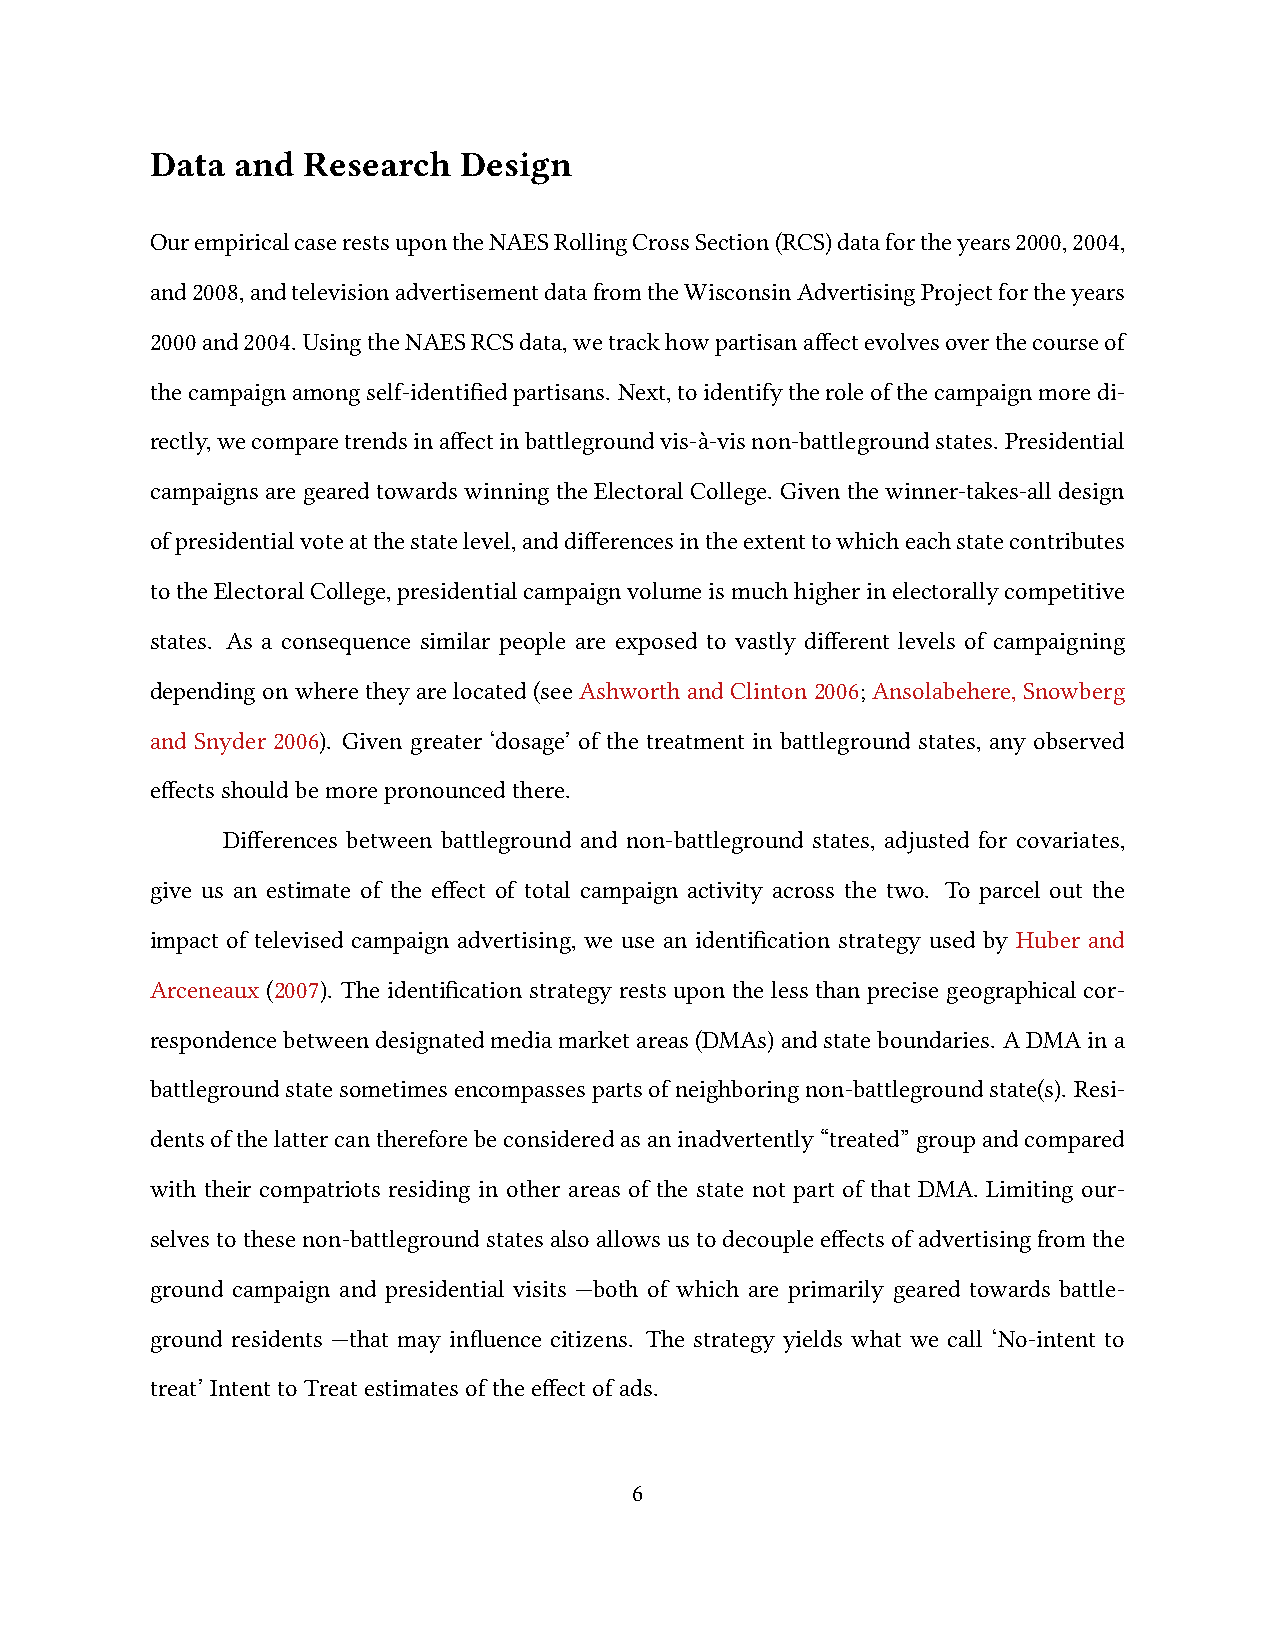
Data  and Research  Design
 OurempiricalcaserestsupontheNAESRollingCrossSection(RCS)datafortheyears2000,2004,
 and2008,andtelevisionadvertisementdatafromtheWisconsinAdvertisingProjectfortheyears
 2000and2004. UsingtheNAESRCSdata,wetrackhowpartisanaffectevolvesoverthecourseof
 thecampaignamongself-identifiedpartisans. Next,toidentifytheroleofthecampaignmoredi-
 rectly,wecomparetrendsinaffectinbattlegroundvis-à-visnon-battlegroundstates. Presidential
 campaigns are geared towards winning the Electoral College. Given the winner-takes-all design
 ofpresidentialvoteatthestatelevel,anddifferencesintheextenttowhicheachstatecontributes
 totheElectoralCollege,presidentialcampaignvolumeismuchhigherinelectorallycompetitive
 states. As a consequence similar people are exposed to vastly different levels of campaigning
 depending on where they are located (see Ashworth and Clinton 2006; Ansolabehere, Snowberg
 and Snyder 2006). Given greater ‘dosage’ of the treatment in battleground states, any observed
 effectsshouldbemorepronouncedthere.
 Differences between battleground and non-battleground states, adjusted for covariates,
 give us an estimate of the effect of total campaign activity across the two. To parcel out the
 impact of televised campaign advertising, we use an identification strategy used by Huber and
 Arceneaux (2007). The identification strategy rests upon the less than precise geographical cor-
 respondencebetweendesignatedmediamarketareas(DMAs)andstateboundaries. ADMAina
 battlegroundstatesometimesencompassespartsofneighboringnon-battlegroundstate(s). Resi-
 dentsofthelattercanthereforebeconsideredasaninadvertently“treated”groupandcompared
 with their compatriots residing in other areas of the state not part of that DMA. Limiting our-
 selvestothesenon-battlegroundstatesalsoallowsustodecoupleeffectsofadvertisingfromthe
 ground campaign and presidential visits —both of which are primarily geared towards battle-
 ground residents —that may influence citizens. The strategy yields what we call ‘No-intent to
 treat’IntenttoTreatestimatesoftheeffectofads.
 6